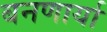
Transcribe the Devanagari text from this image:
बनणार्या